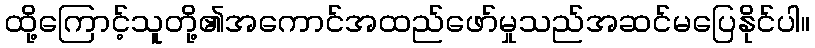
ထို့ကြောင့်သူတို့၏အကောင်အထည်ဖော်မှုသည်အဆင်မပြေနိုင်ပါ။